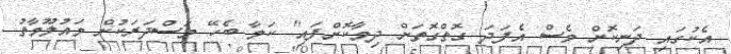
އެކުގައި ދަނިކޮށް ވެސް އެފަދަ ގޮތްގޮތަށް ދިމާކޮށްފައި" ކަމާ ބެހޭ މަސްދަރަކުން މައުލޫމާތު